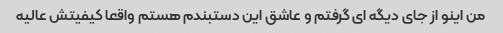
من اینو از جای دیگه ای گرفتم و عاشق این دستبندم هستم واقعا کیفیتش عالیه